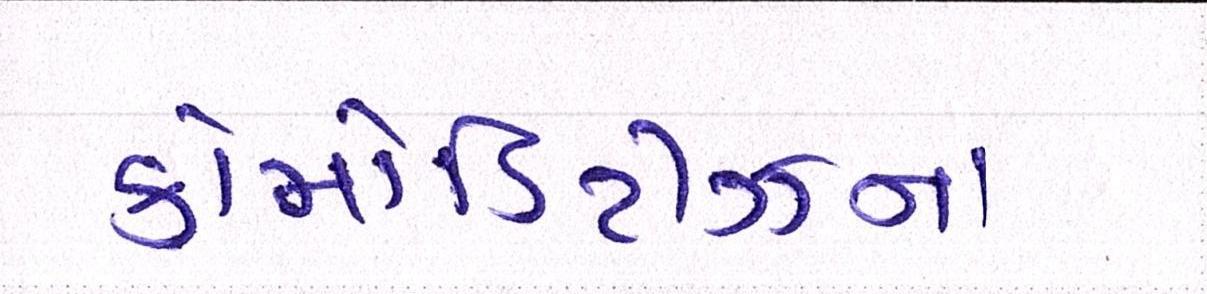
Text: કોમોડિટીઝના